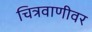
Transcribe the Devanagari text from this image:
चित्रवाणीवर